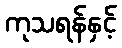
ကုသရန်နှင့်